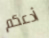
أدعكم